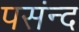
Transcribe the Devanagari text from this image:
पसंन्द